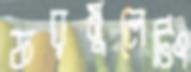
ফরমুলেটিং